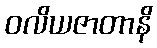
ဝလိယဇာတာနိ